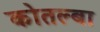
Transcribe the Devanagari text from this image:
कोतल्बा